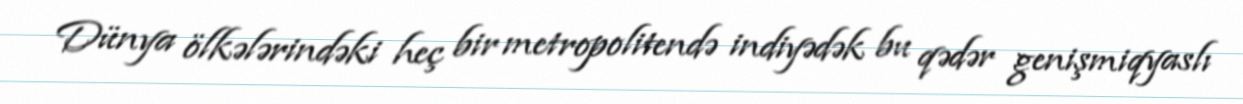
Dünya ölkələrindəki heç bir metropolitendə indiyədək bu qədər genişmiqyaslı